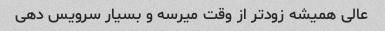
عالی همیشه زودتر از وقت میرسه و بسیار سرویس دهی